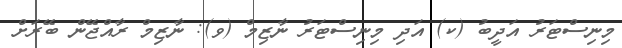
މިނިސްޓަރު އަދީބު (ކ) އަދި މިނިސްޓަރު ނާޒިމް (ވ): ނާޒިމް ރާއްޖޭން ބޭރަށް